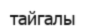
тайгалы